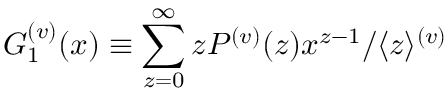
G _ { 1 } ^ { ( v ) } ( x ) \equiv \sum _ { z = 0 } ^ { \infty } z P ^ { ( v ) } ( z ) x ^ { z - 1 } / \langle z \rangle ^ { ( v ) }